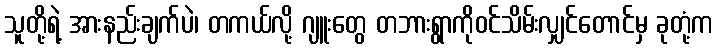
သူတို့ရဲ့ အားနည်းချက်ပဲ၊ တကယ်လို့ ဂျူးတွေ တဘားရွာကိုဝင်သိမ်းလျှင်တောင်မှ ခုတုံ့က